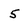
Character: 5